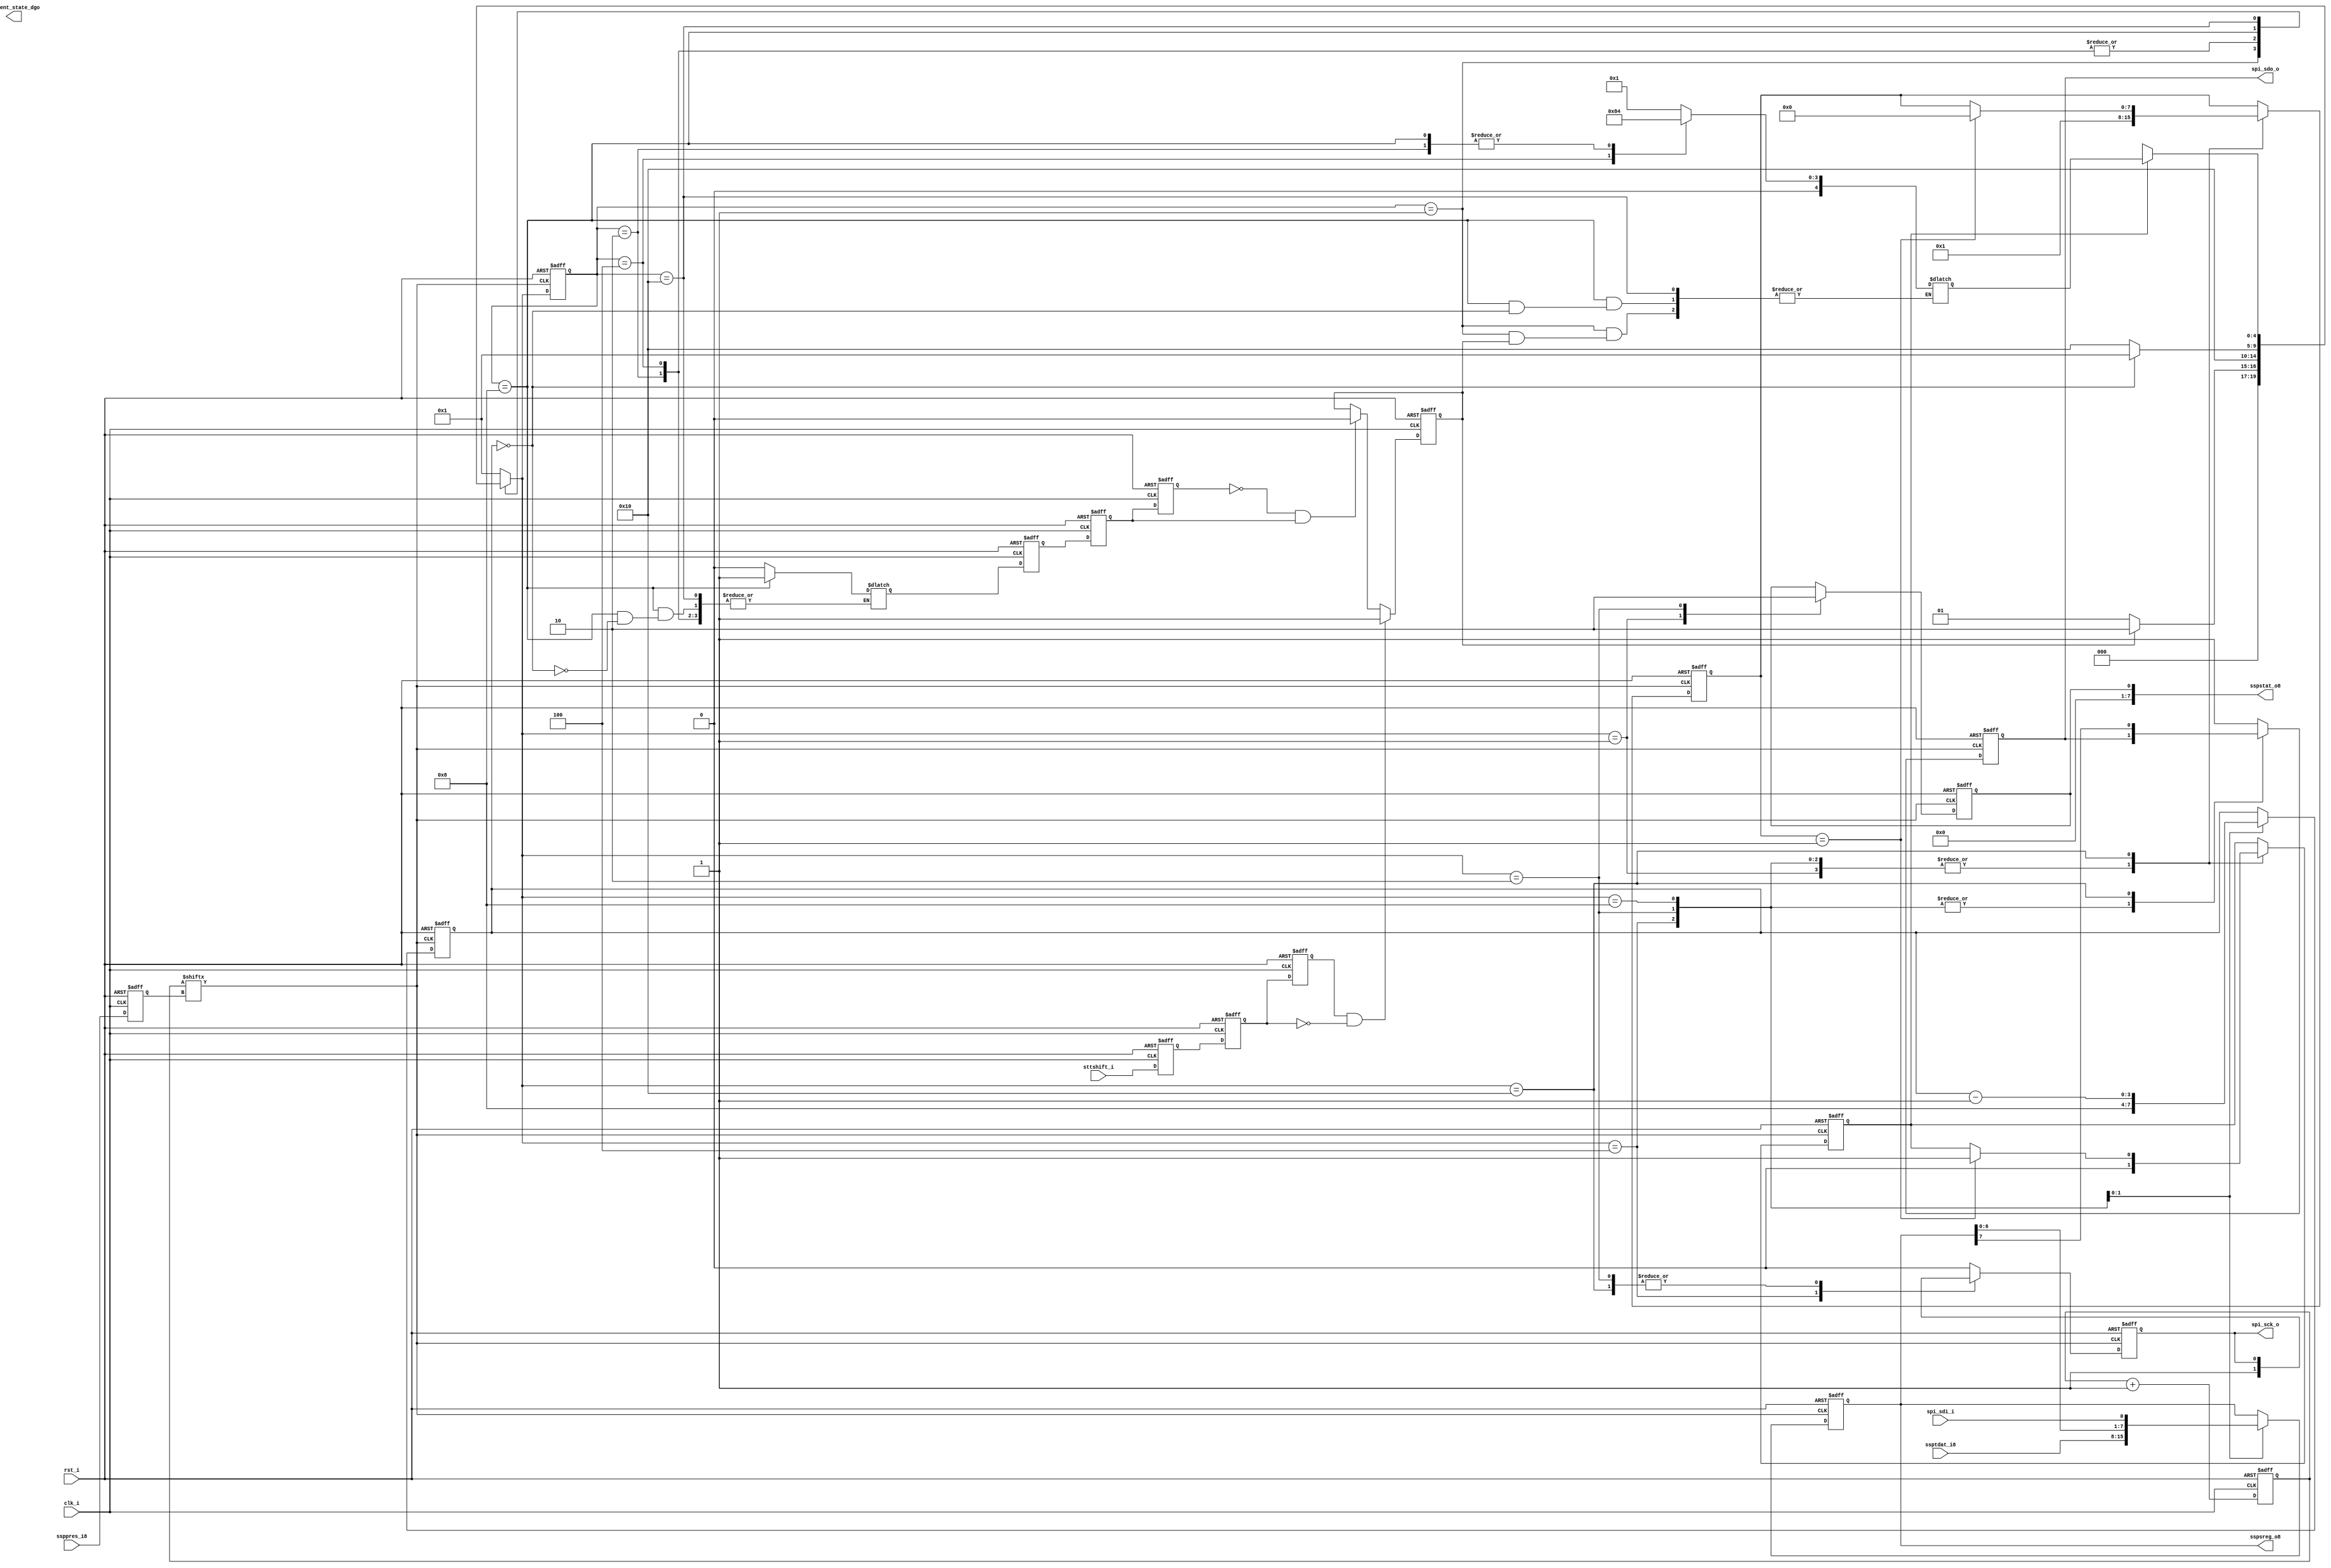

//SD6(48bit)7,8.
//SD:,
//:,

`timescale 1ns/10ps
module sd_ctrl
(
    clk_i        ,
    rst_i        ,
    
    sttshift_i   , //shift trigger
    ssppres_i8   , //Prescaler
    ssptdat_i8   , //Tx buffer
    sspsreg_o8   , //Rx buffer
    sspstat_o8   , //status
    
    spi_sck_o    ,
    spi_sdo_o    ,
    spi_sdi_i    ,
    
    current_state_dgo
);

parameter [4:0] IDLE      = 5'b00001;
parameter [4:0] READY     = 5'b00010;
parameter [4:0] POSEDGE   = 5'b00100;
parameter [4:0] NEGEDGE   = 5'b01000;
parameter [4:0] DELAY     = 5'b10000;

  input         clk_i        ;
  input         rst_i        ;
  
  input         sttshift_i   ; //shift trigger
  input [7:0]   ssppres_i8   ; //Prescaler
  input [7:0]   ssptdat_i8   ; //Tx buffer
  output[7:0]   sspsreg_o8   ; //Rx buffer
  output[7:0]   sspstat_o8   ; //status
  
  output        spi_sck_o    ;
  output        spi_sdo_o    ;
  input         spi_sdi_i    ;

  //debug
  output[3:0]    current_state_dgo    ;
  //assign        current_state_dgo ={1'b0,delay_ok,shift_trigger,shift_ok};
  //  assign      current_state_dgo=sbcnt;
//---------------------------------------------------
reg   sttshift_i_dy1;
reg   sttshift_i_dy2;
reg   sttshift_i_dy3;
wire  shift_negedge;
reg   clk_i2;
wire  rst_n;

reg   shift_ok_dy1;
reg   shift_ok_dy2;
reg   shift_ok_dy3;
wire  shift_ok_posedge;

assign rst_n = ~rst_i;

always@(posedge clk_i or negedge rst_n)
begin
  if(!rst_n)
  begin
    sttshift_i_dy1  <= 1'b0;
    sttshift_i_dy2  <= 1'b0;
    sttshift_i_dy3  <= 1'b0;
  end
  else
  begin
    sttshift_i_dy1 <= sttshift_i;
    sttshift_i_dy2 <= sttshift_i_dy1;
    sttshift_i_dy3 <= sttshift_i_dy2;
  end
end

assign shift_negedge = sttshift_i_dy3&~sttshift_i_dy2;
//---------------------------------------------------
reg  [7:0]  clk_cnt       ;
reg         shift_trigger ;
wire        spi_clk       ;
reg         shift_ok      ;

always@(posedge clk_i or negedge rst_n)
begin
  if(!rst_n)
  begin
    shift_ok_dy1  <= 1'b0;
    shift_ok_dy2  <= 1'b0;
    shift_ok_dy3  <= 1'b0;
  end
  else
  begin
        shift_ok_dy1 <= shift_ok;
        shift_ok_dy2 <= shift_ok_dy1;
        shift_ok_dy3 <= shift_ok_dy2;
  end
end

assign shift_ok_posedge = ~shift_ok_dy3&shift_ok_dy2;
//---------------------------------------------------
always@(posedge clk_i or negedge rst_n)
begin
  if(!rst_n)
  begin
    clk_cnt[7:0]  <= 8'd0;
    shift_trigger <= 1'b0;
  end
  else
  begin
    clk_cnt[7:0] <= clk_cnt[7:0] + 8'd1;
    if(shift_negedge)
        shift_trigger <= 1'b1;
    else if(shift_ok_posedge)             //shift_ok
        shift_trigger <= 1'b0;
  end
end

//---------------------------------------------------
reg[7:0] ssppres_r8;

always@(posedge clk_i or negedge rst_n)
begin
  if(!rst_n)
  begin
    ssppres_r8 <= 8'h00;
  end
  else
  begin
    ssppres_r8 <= ssppres_i8;
  end
end

assign spi_clk = clk_cnt[ssppres_r8];

//---------------------------------------------------
reg [4:0] current_state ;
reg [4:0] next_state    ;
reg [4:0] nstate        ;
reg [7:0] dycnt         ;

wire      spi_sdi ;
reg       spi_sck ;
reg       spi_sdo ;

reg       st_idle ;
reg       delay_ok;

reg [3:0] sbcnt   ;
reg [7:0] sspsreg ;

//----------------------------------------
always @ (posedge spi_clk or negedge rst_n)
if(!rst_n)
  begin
    current_state <= IDLE;
  end
else
  begin
    current_state <= next_state;
  end

//----------------------------------------com
always@( * )
begin
    next_state = 5'bxxxxx;
//    nstate     = IDLE;
//    shift_ok   = 1'b0;
//    
    case(current_state)
    IDLE:
      begin
        shift_ok     = 1'b0;
        if(shift_trigger)
        begin
          next_state = READY;
        end
        else 
        begin
          next_state = IDLE;
          nstate     = IDLE;
        end
      end
    READY:
      begin
        next_state  = DELAY;
        nstate      = POSEDGE;
      end
    POSEDGE:
      begin
        next_state  = DELAY;
        nstate      = NEGEDGE;
      end
    NEGEDGE:
      begin
        if(sbcnt == 4'd0)
          begin
            next_state  = IDLE;
            shift_ok    = 1'b1;
          end
        else
          begin
            next_state = DELAY;
            nstate = POSEDGE;
          end
      end
    DELAY:
      begin
        if(delay_ok)
        begin
          next_state = nstate;
        end
        else
        begin
          next_state = next_state;
        end
      end
      
    default:
      begin
        next_state   = IDLE;
        nstate       = IDLE;
        shift_ok     = 1'b0;
      end
    endcase
end
//----------------------------------------output
always @(posedge spi_clk or negedge rst_n)
begin
  if(!rst_n)
  begin
    spi_sck   <= 1'b0;
    spi_sdo   <= 1'b1;
    sbcnt     <= 4'd8;
    st_idle   <= 1'b1;
    sspsreg   <= 8'hff;
    
    dycnt     <= 8'd1;
    delay_ok  <= 1'b0;
  end
  else
  begin
    case(next_state)
      IDLE:
          begin
            spi_sdo      <= 1'b1;
            spi_sck      <= 1'b0;
            st_idle      <= 1'b1;
            
            dycnt        <= 8'd1;
            delay_ok     <= 1'b0;
          end
      READY:
          begin
            sspsreg[7:0] <= ssptdat_i8;
            //spi_sdo      <= sspsreg[7];//7ssptdat_i8[7]
            sbcnt        <= 4'd8;
            st_idle      <= 1'b0;
            
            dycnt        <= 8'd1;
            delay_ok     <= 1'b0;
          end
      POSEDGE:
          begin
            spi_sck      <= 1'b1;
            //spi_sdo      <= sspsreg[7];//
            
            dycnt        <= 8'd1;
            delay_ok     <= 1'b0;
          end
      NEGEDGE:
          begin
            spi_sck      <= 1'b0;
            //spi_sdo      <= sspsreg[7];//
            sspsreg[7:0] <= {sspsreg[6:0],spi_sdi};
            sbcnt        <= sbcnt-4'd1;
            dycnt        <= 8'd1;
            delay_ok     <= 1'b0;
          end
      DELAY:
          begin
            spi_sdo      <= sspsreg[7];
            
            if(dycnt == 8'd1)
            begin
              delay_ok   <= 1'b1;
              dycnt      <= 8'd0;
            end
            else
            begin
              //dycnt     <= dycnt -8'd1;
            end
          end
      
      default:
          begin
            spi_sck     <= 1'b0;
            spi_sdo     <= 1'b1;
          end
    endcase
  end
end

//---------------------------------------------------
assign spi_sck_o    = spi_sck;
assign spi_sdo_o    = spi_sdo;
assign spi_sdi      = spi_sdi_i;
assign sspsreg_o8   = sspsreg;
assign sspstat_o8   = {7'b0,st_idle};

//assign current_state_dgo={shift_trigger,shift_ok,st_idle,debug[0]};shift_negedge
//assign current_state_dgo={shift_trigger,shift_ok,shift_ok_posedge,st_idle};

//assign current_state_dgo = {spi_clk,next_state[3:1]};
//---------------------------------------------------
endmodule